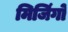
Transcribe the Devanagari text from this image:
मिजिंगो